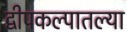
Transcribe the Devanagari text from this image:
द्वीपकल्पातल्या